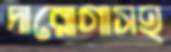
দারোগাসহ